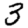
Digit: 3